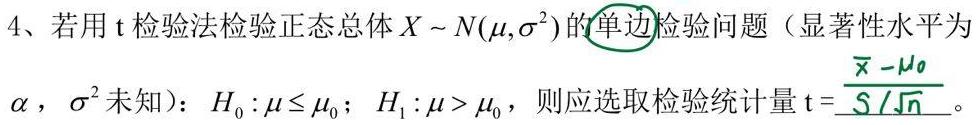
4、若用$\mathrm{t}$检验法检验正态总体$X \sim N(\mu,\sigma^{2})$的单边检验问题（显著性水平为$\alpha$，$\sigma^{2}$未知）：$H_{0}:\mu\leq \mu_{0}$；$H_{1}:\mu > \mu_{0}$，则应选取检验统计量$\mathrm{t}=\frac{\overline{X}-\mu_{0}}{S/\sqrt{n}}$。